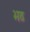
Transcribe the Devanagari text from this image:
भठ